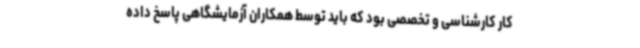
کار کارشناسی و تخصصی بود که باید توسط همکاران آزمایشگاهی پاسخ داده